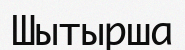
Шытырша